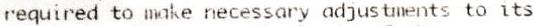
REQUIRED TO MAKE NECESSARY ADJUSTMENTS TO ITS